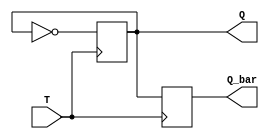
module T_ff (
    input T,
    output Q,
    output Q_bar
);

reg Q, Q_bar;

always @ (posedge T)
begin
    Q <= ~Q;
    Q_bar <= Q;
end

endmodule